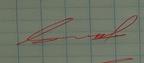
Signature authenticity: genuine